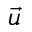
\vec { u }